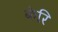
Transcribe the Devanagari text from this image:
केरि